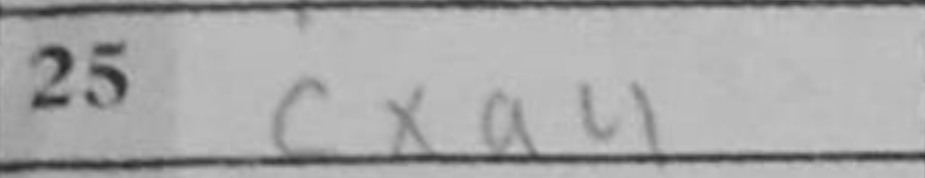
Transcription: cxa4